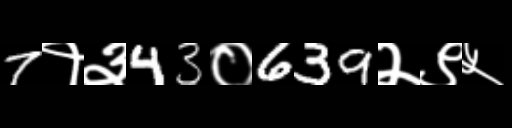
Text: 7१३43०639२९५